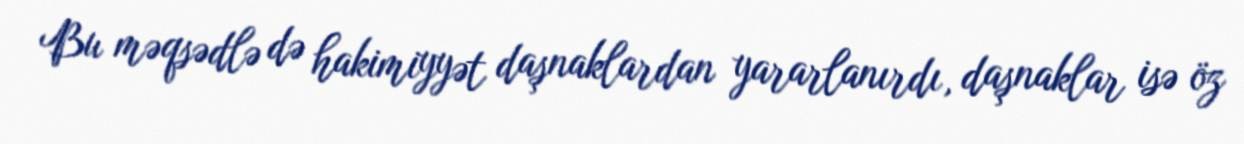
Bu məqsədlə də hakimiyyət daşnaklardan yararlanırdı, daşnaklar isə öz